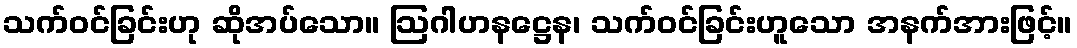
သက်ဝင်ခြင်းဟု ဆိုအပ်သော။ ဩဂါဟနဋ္ဌေန၊ သက်ဝင်ခြင်းဟူသော အနက်အားဖြင့်။